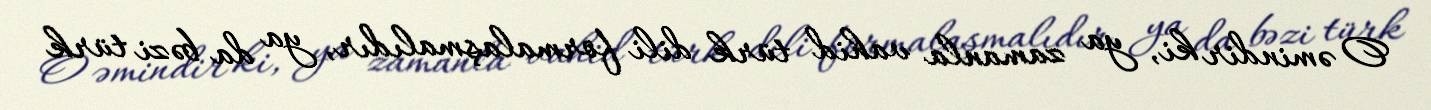
O əmindir ki, ya zamanla vahid türk dili formalaşmalıdır, ya da bəzi türk